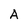
Character: A